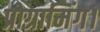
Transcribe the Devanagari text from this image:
प्रोग्रामिंग।